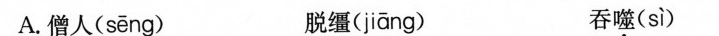
A.僧人( sēng ) 脱缰( jiāng ) 吞噬( sì )